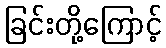
ခြင်းတို့ကြောင့်